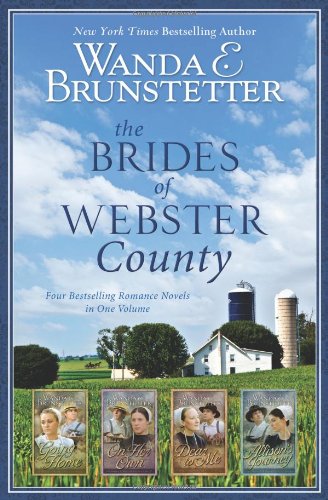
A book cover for The Brides of Webster County: 4-in-1; Wanda E. Brunstetter; Romance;